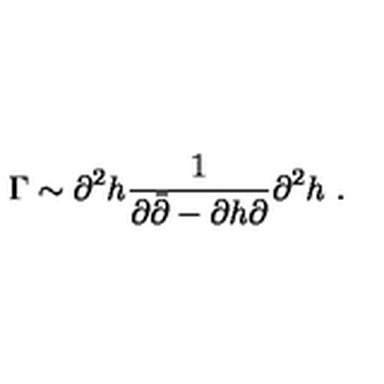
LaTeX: \Gamma \sim \partial ^ { 2 } h \frac { 1 } { \partial \bar { \partial } - \partial h \partial } \partial ^ { 2 } h \ .